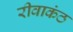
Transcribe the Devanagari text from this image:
रीवाकंठ